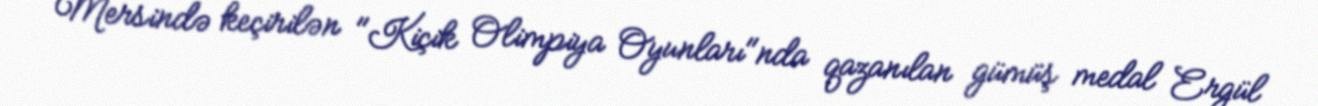
Mersində keçirilən "Kiçik Olimpiya Oyunları"nda qazanılan gümüş medal Ergül